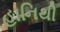
હાનિથી